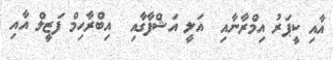
އާއި ކީޕަރު އިމްރާނާއި  އަލީ އަޝްފާގާއި  އިބްރާހިމް ފަޒީލް އާއި